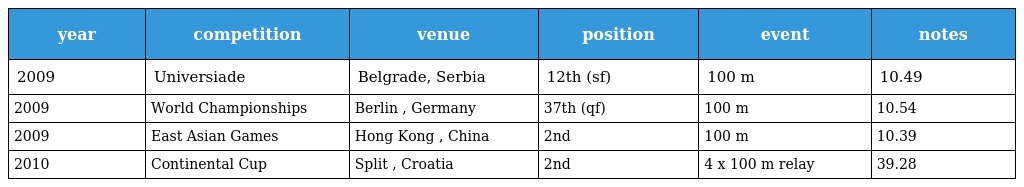
| year | competition | venue | position | event | notes |
 | --- | --- | --- | --- | --- | --- |
 | 2009 | Universiade | Belgrade, Serbia | 12th (sf) | 100 m | 10.49 |
 | 2009 | World Championships | Berlin , Germany | 37th (qf) | 100 m | 10.54 |
 | 2009 | East Asian Games | Hong Kong , China | 2nd | 100 m | 10.39 |
 | 2010 | Continental Cup | Split , Croatia | 2nd | 4 x 100 m relay | 39.28 |